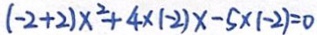
( - 2 + 2 ) x ^ { 2 } + 4 \times ( - 2 ) x - 5 \times ( - 2 ) = 0